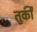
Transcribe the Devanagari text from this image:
तुर्कीं